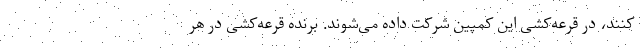
کنند، در قرعه‌کشی این کمپین شرکت داده می‌شوند. برنده قرعه‌کشی در هر